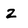
Character: z